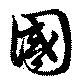
國